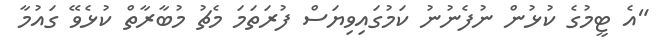
"އެ ޓީމުގެ ކުޅުން ނުފެނުނު ކަމުގައިވިޔަސް ފުރަތަމަ މެޗު މުބާރާތް ކުޅެވޭ ގައުމާ